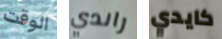
الوقت راندي كايدي